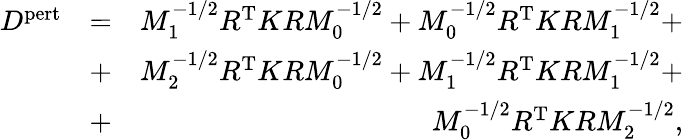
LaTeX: \begin{array}{rlr}{D^{\mathrm{pert}}}&{=}&{M_{1}^{-1/2}R^{\mathrm{T}}KRM_{0}^{-1/2}+M_{0}^{-1/2}R^{\mathrm{T}}KRM_{1}^{-1/2}+}\\ &{+}&{M_{2}^{-1/2}R^{\mathrm{T}}KRM_{0}^{-1/2}+M_{1}^{-1/2}R^{\mathrm{T}}KRM_{1}^{-1/2}+}\\ &{+}&{M_{0}^{-1/2}R^{\mathrm{T}}KRM_{2}^{-1/2},}\end{array}